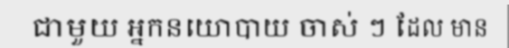
ជាមួយ អ្នកនយោបាយ ចាស់ ៗ ដែល មាន